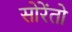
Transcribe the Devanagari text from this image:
सोरेंतो